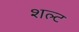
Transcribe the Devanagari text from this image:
शल्ट